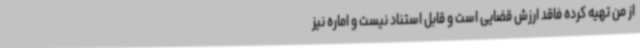
از من تهیه کرده فاقد ارزش قضایی است و قابل استناد نیست و اماره نیز